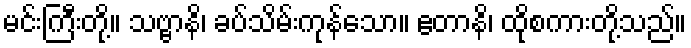
မင်းကြီးတို့။ သဗ္ဗာနိ၊ ခပ်သိမ်းကုန်သော။ ဧတာနိ၊ ထိုစကားတို့သည်။